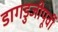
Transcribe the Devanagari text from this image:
डागडुजीपूर्वी